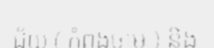
ជ័យ ( កំពង់ចាម ) និង